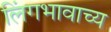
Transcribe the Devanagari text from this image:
लिंगभावाच्य